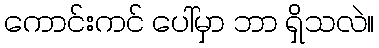
ကောင်းကင် ပေါ်မှာ ဘာ ရှိသလဲ။